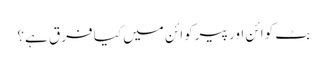
بٹ کوائن اور پیرکوائن میں کیا فرق ہے؟